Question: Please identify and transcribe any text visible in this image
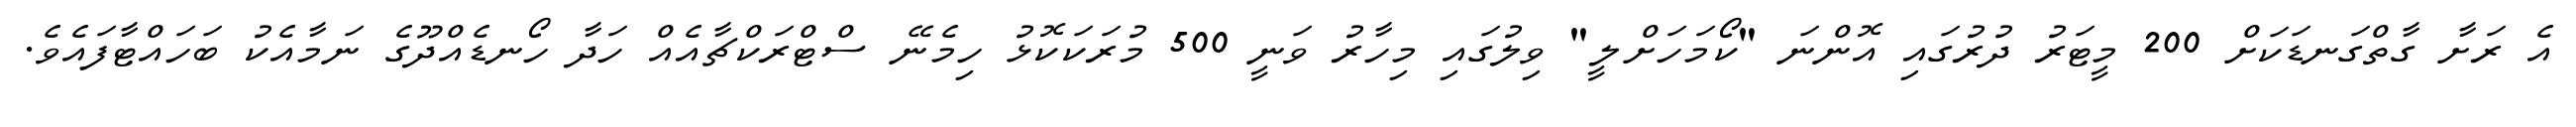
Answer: އެ ރަށާ ގާތްގަނޑަކަށް 200 މީޓަރު ދުރުގައި އޮންނަ "ކޯމަހަށްލީ" ވިލުގައި މިހާރު ވަނީ 500 މުރަކަކޮޅު ހިމެނޭ ސްޓްރަކްޗާއެއް ހަދާ ހޯނޑެއްދޫގެ ނަމާއެކު ބަހައްޓާފައެވެ.